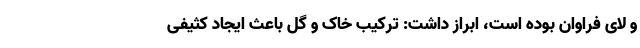
و لای فراوان بوده است، ابراز داشت: ترکیب خاک و گل باعث ایجاد کثیفی